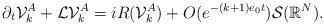
LaTeX: \begin{align*}\partial_t \mathcal{V}_k^A + \mathcal{L} \mathcal{V}_k^A = i R(\mathcal{V}_k^A) + O(e^{-(k+1) e_0 t}) \mathcal{S}(\mathbb{R}^N).\end{align*}